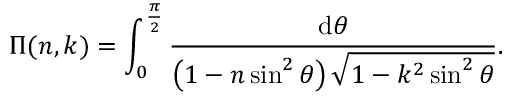
\Pi ( n , k ) = \int _ { 0 } ^ { \frac { \pi } { 2 } } { \frac { \mathrm { d } \theta } { \left( 1 - n \sin ^ { 2 } \theta \right) { \sqrt { 1 - k ^ { 2 } \sin ^ { 2 } \theta } } } } .